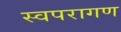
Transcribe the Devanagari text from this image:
स्वपरागण